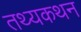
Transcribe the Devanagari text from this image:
तथ्यकथन